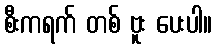
စီးကရက် တစ် ဗူး ပေးပါ။